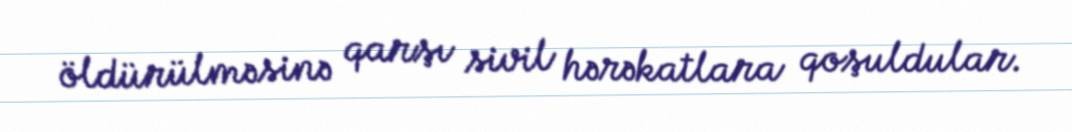
öldürülməsinə qarşı sivil hərəkatlara qoşuldular.